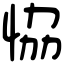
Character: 恊